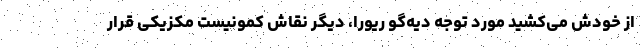
از خودش می‌کشید مورد توجه دیه‌گو ریورا، دیگر نقاش کمونیست مکزیکی قرار